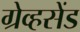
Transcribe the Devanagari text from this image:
ग्रेव्हसेंड